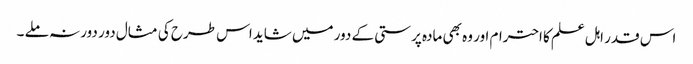
اس قدر اہل علم کا احترام اور وہ بھی مادہ پرستی کے دور میں شاید اس طرح کی مثال دور دور نہ ملے ۔